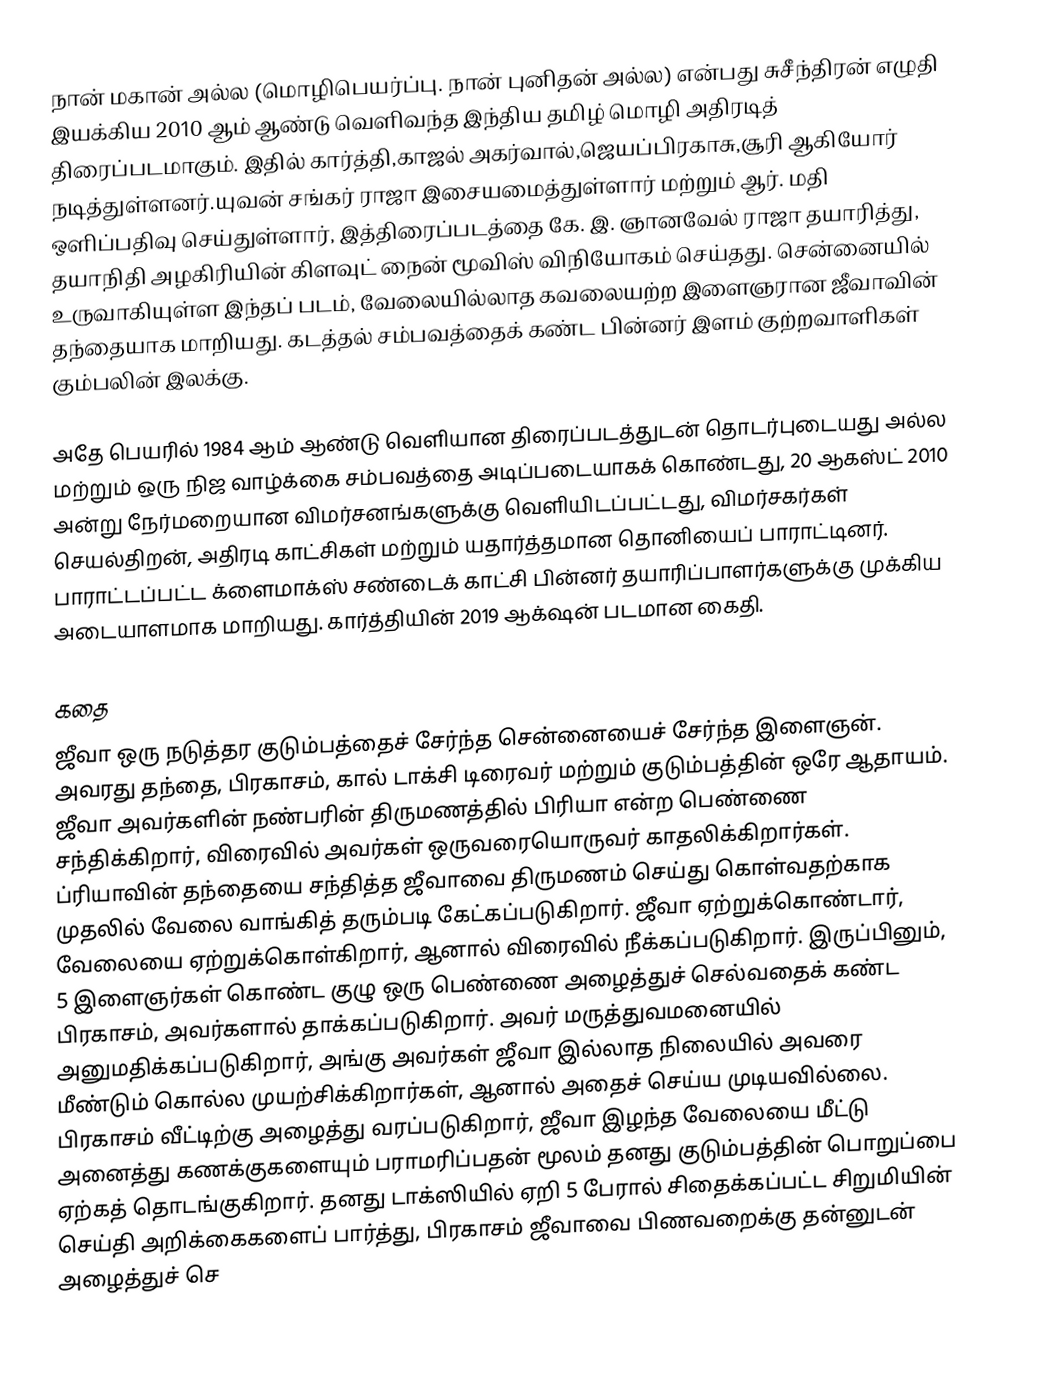
நான் மகான் அல்ல (மொழிபெயர்ப்பு. நான் புனிதன் அல்ல) என்பது சுசீந்திரன் எழுதி இயக்கிய 2010 ஆம் ஆண்டு வெளிவந்த இந்திய தமிழ் மொழி அதிரடித் திரைப்படமாகும்.  இதில் கார்த்தி,காஜல் அகர்வால்,ஜெயப்பிரகாசு,சூரி ஆகியோர் நடித்துள்ளனர்.யுவன் சங்கர் ராஜா இசையமைத்துள்ளார் மற்றும் ஆர். மதி ஒளிப்பதிவு செய்துள்ளார், இத்திரைப்படத்தை  கே. இ. ஞானவேல் ராஜா தயாரித்து, தயாநிதி அழகிரியின் கிளவுட் நைன் மூவிஸ் விநியோகம் செய்தது. சென்னையில் உருவாகியுள்ள இந்தப் படம், வேலையில்லாத கவலையற்ற இளைஞரான ஜீவாவின் தந்தையாக மாறியது.  கடத்தல் சம்பவத்தைக் கண்ட பின்னர் இளம் குற்றவாளிகள் கும்பலின் இலக்கு.

அதே பெயரில் 1984 ஆம் ஆண்டு வெளியான திரைப்படத்துடன் தொடர்புடையது அல்ல மற்றும் ஒரு நிஜ வாழ்க்கை சம்பவத்தை அடிப்படையாகக் கொண்டது, 20 ஆகஸ்ட் 2010 அன்று நேர்மறையான விமர்சனங்களுக்கு வெளியிடப்பட்டது, விமர்சகர்கள் செயல்திறன், அதிரடி காட்சிகள் மற்றும் யதார்த்தமான தொனியைப் பாராட்டினர். பாராட்டப்பட்ட க்ளைமாக்ஸ் சண்டைக் காட்சி பின்னர் தயாரிப்பாளர்களுக்கு முக்கிய அடையாளமாக மாறியது.  கார்த்தியின் 2019 ஆக்‌ஷன் படமான கைதி.

கதை
ஜீவா ஒரு நடுத்தர குடும்பத்தைச் சேர்ந்த சென்னையைச் சேர்ந்த இளைஞன்.  அவரது தந்தை, பிரகாசம், கால் டாக்சி டிரைவர் மற்றும் குடும்பத்தின் ஒரே ஆதாயம்.  ஜீவா அவர்களின் நண்பரின் திருமணத்தில் பிரியா என்ற பெண்ணை சந்திக்கிறார், விரைவில் அவர்கள் ஒருவரையொருவர் காதலிக்கிறார்கள்.  ப்ரியாவின் தந்தையை சந்தித்த ஜீவாவை திருமணம் செய்து கொள்வதற்காக முதலில் வேலை வாங்கித் தரும்படி கேட்கப்படுகிறார்.  ஜீவா ஏற்றுக்கொண்டார், வேலையை ஏற்றுக்கொள்கிறார், ஆனால் விரைவில் நீக்கப்படுகிறார்.  இருப்பினும், 5 இளைஞர்கள் கொண்ட குழு ஒரு பெண்ணை அழைத்துச் செல்வதைக் கண்ட பிரகாசம், அவர்களால் தாக்கப்படுகிறார்.  அவர் மருத்துவமனையில் அனுமதிக்கப்படுகிறார், அங்கு அவர்கள் ஜீவா இல்லாத நிலையில் அவரை மீண்டும் கொல்ல முயற்சிக்கிறார்கள், ஆனால் அதைச் செய்ய முடியவில்லை.  பிரகாசம் வீட்டிற்கு அழைத்து வரப்படுகிறார், ஜீவா இழந்த வேலையை மீட்டு அனைத்து கணக்குகளையும் பராமரிப்பதன் மூலம் தனது குடும்பத்தின் பொறுப்பை ஏற்கத் தொடங்குகிறார்.  தனது டாக்ஸியில் ஏறி 5 பேரால் சிதைக்கப்பட்ட சிறுமியின் செய்தி அறிக்கைகளைப் பார்த்து, பிரகாசம் ஜீவாவை பிணவறைக்கு தன்னுடன் அழைத்துச் செ